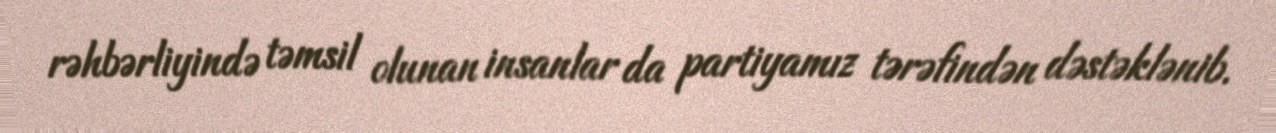
rəhbərliyində təmsil olunan insanlar da partiyamız tərəfindən dəstəklənib.